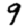
Digit: 9